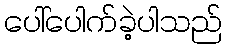
ပေါ်ပေါက်ခဲ့ပါသည်